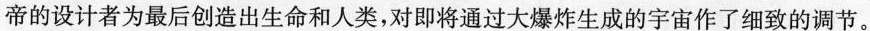
帝的设计者为最后创造出生命和人类，对即将通过大爆炸生成的宇宙作了细致的调节。